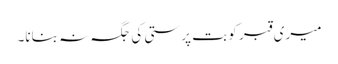
میری قبر کو بت پرستی کی جگہ نہ بنانا۔